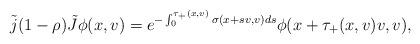
LaTeX: \begin{align*}\tilde j(1-\rho)\tilde J\phi(x,v)=e^{-\int_0^{\tau_+(x,v)}\sigma(x+ sv,v)ds}\phi(x+\tau_+(x,v)v,v),\end{align*}